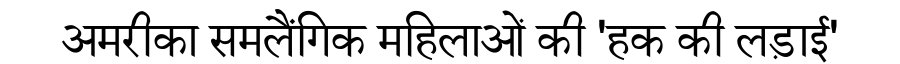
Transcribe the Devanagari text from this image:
अमरीका समलैंगिक महिलाओं की 'हक की लड़ाई'